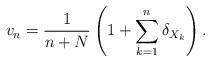
LaTeX: \begin{align*}v_n=\frac{1}{n+N}\left(1+\sum_{k=1}^n\delta_{X_k}\right).\end{align*}